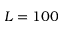
L = 1 0 0